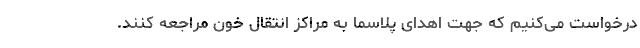
درخواست می‌کنیم که جهت اهدای پلاسما به مراکز انتقال خون مراجعه کنند.